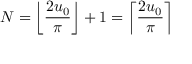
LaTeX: N = \left\lfloor { \frac { 2 u _ { 0 } } { \pi } } \right\rfloor + 1 = \left\lceil { \frac { 2 u _ { 0 } } { \pi } } \right\rceil